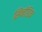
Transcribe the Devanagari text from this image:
सिनोडिक